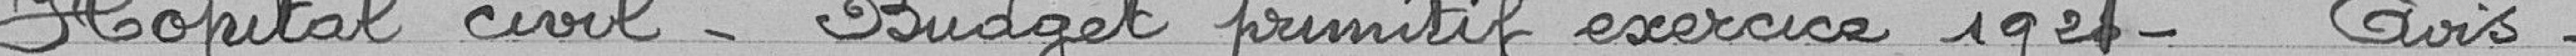
Hôpital civil - Budget primitif exercice 1921 - Avis